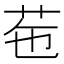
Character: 𦭥